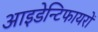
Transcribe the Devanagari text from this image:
आइडेन्टिफायरों